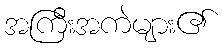
အကြီးအကဲများ၏